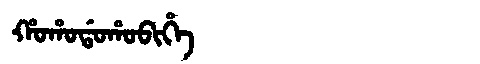
Manchu: ᡥᠣᡥᠣᡩᠣᡥᠣᠪᡳᡥᡝ
Romanization: HOHODOHOBIHE